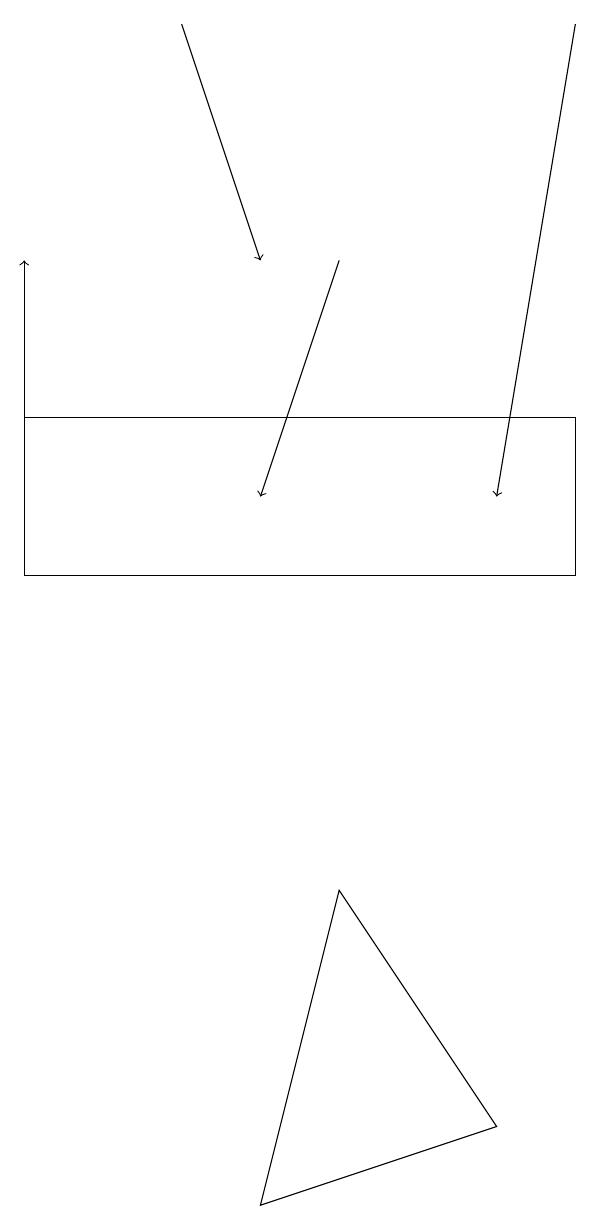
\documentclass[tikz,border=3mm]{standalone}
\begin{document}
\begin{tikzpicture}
\draw[->] (6,14) -- (5,11);
\draw[->] (2,11) -- (2,14);
\draw[->] (4,17) -- (5,14);
\draw[->] (9,17) -- (8,11);
\draw (6,6) -- (8,3) -- (5,2) -- cycle;
\draw (9,10) rectangle (2,12);
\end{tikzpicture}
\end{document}